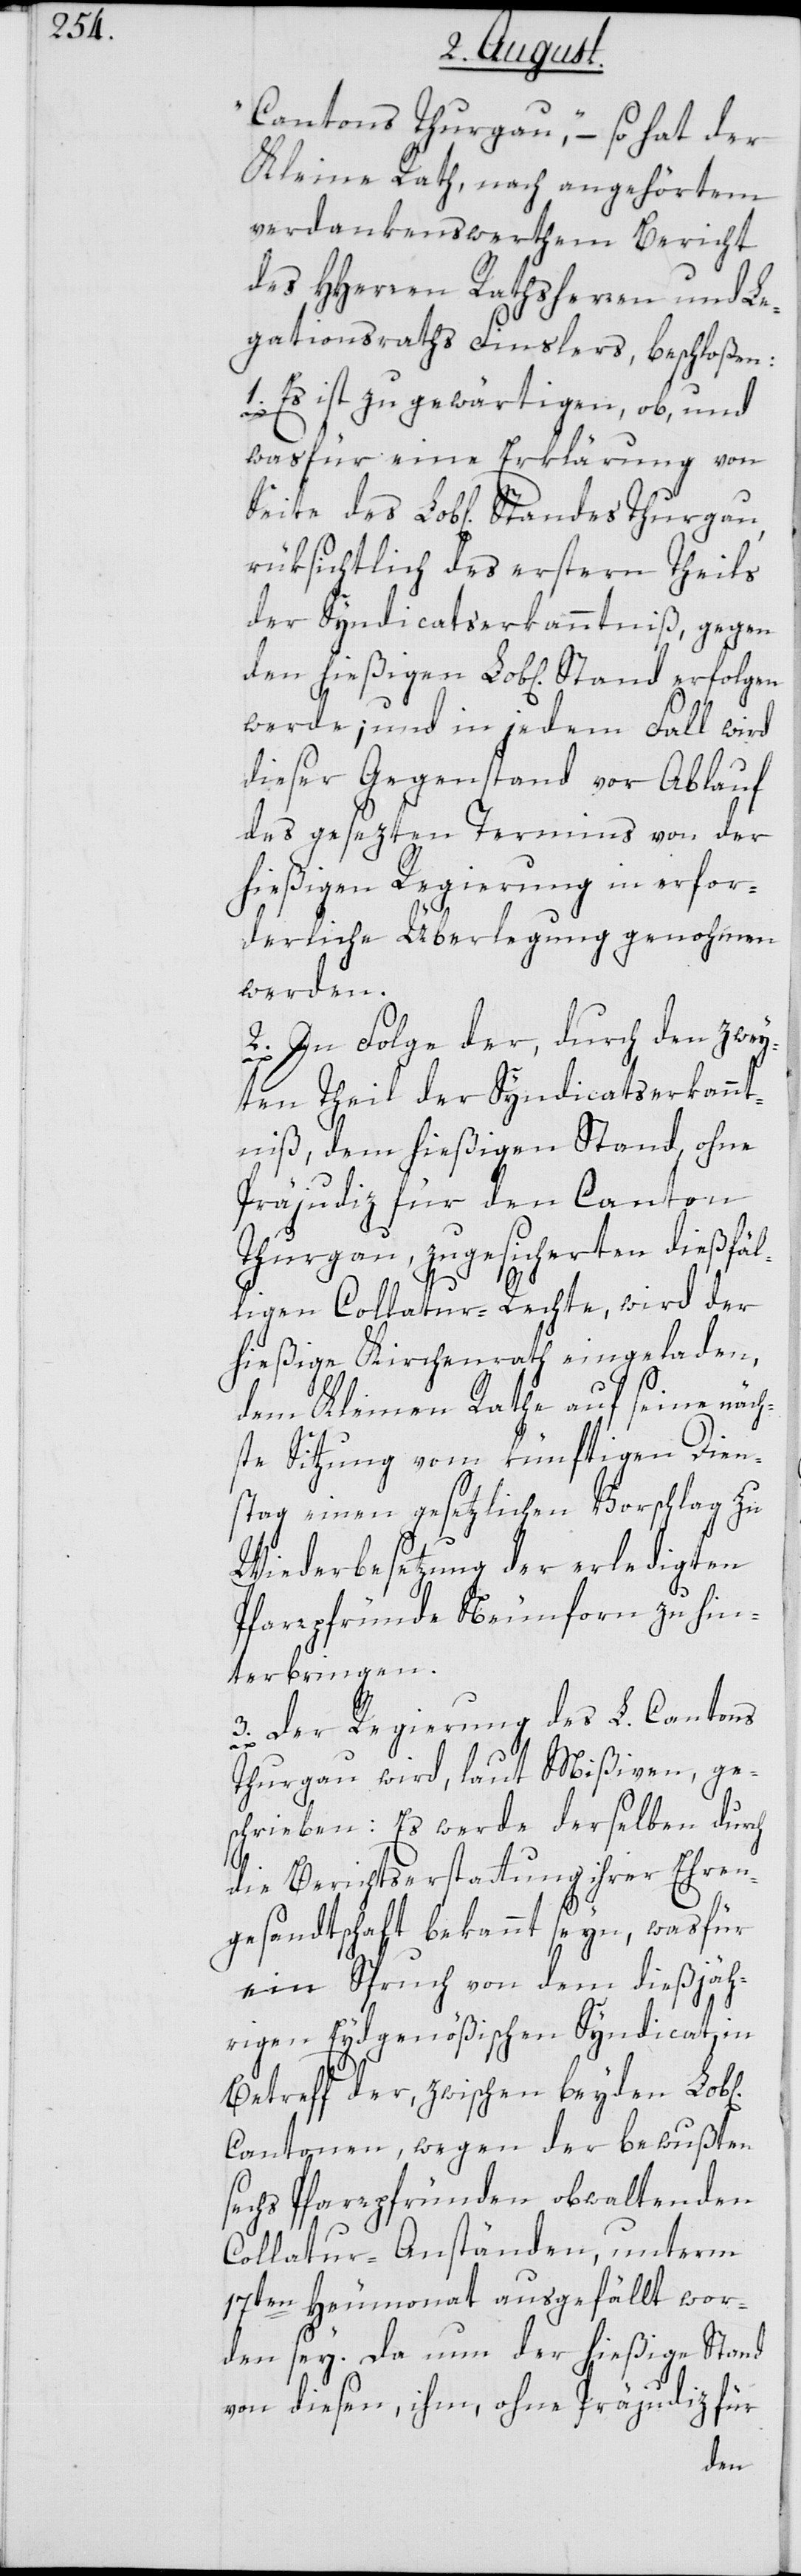
Cantons Thurgau“, – so hat der
Kleine Rath, nach angehörtem
verdankenswerthen Bericht
des HHerren Rathsherren und Le¬
gationsrath Finslers, beschloßen:
1. Es ist zu gewärtigen, ob, und
was für eine Erklärung von
rüksichtlich des erstern Theils
der Syndicatserkanntniß, gegen
werde; und in jedem Fall wird
dieser Gegenstand vor Ablauf
des gesezten Termins von der
hießigen Regierung in erfor¬
derliche Überlegung genohmen
werden.
2. In Folge der, durch den zwey¬
ten Theil der Syndicatserkannt¬
niß, dem hießigen Stand, ohne
Präjudiz für den Canton
Thurgau, zugesichereten dießfäl¬
ligen Collatur-Rechte, wird der
hießige Kirchenrath eingeladen,
dem Kleinen Rathe auf seine näch¬
ste Sitzung vom künftigen Dien¬
stag einen gesetzlichen Vorschlag zu
Wiederbesetzung der erledigten
Pfarrpfründe Neunforn zu hin¬
terbringen.
3. Der Regierung des L. Cantons
Thurgau wird, laut Mißiven, ge¬
schrieben: Es werde derselben durch
die Berichtserstattung ihrer Ehren¬
gesandtschaft bekannt seyn, was für
ein Spruch von dem dießjäh¬
rigen Eydsgenößischen Syndicat, in
Betreff der, zwischen beyden Lob[l¬
Cantonen, wegen der bewußten
sechs Pfarrpfründen obwaltenden
Collatur-Anständen, unterm
17ten Heumonat ausgefällt wor¬
den sey. Da nun der hießige Stand
von diesen, ihm, ohne Präjudiz für
ichen]